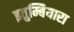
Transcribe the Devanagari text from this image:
इतुम्बियारा